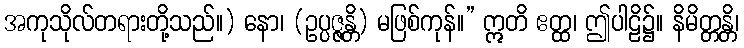
အကုသိုလ်တရားတို့သည်။) နော၊ (ဥပ္ပဇ္ဇန္တိ) မဖြစ်ကုန်။” ဣတိ ဧတ္ထ၊ ဤပါဠိ၌။ နိမိတ္တန္တိ၊